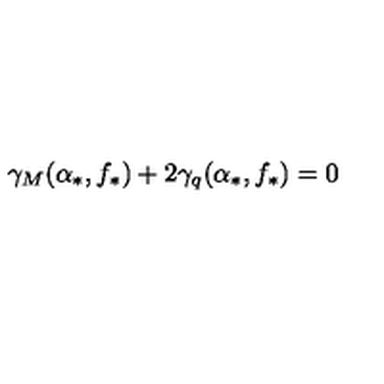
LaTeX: \gamma _ { M } ( \alpha _ { * } , f _ { * } ) + 2 \gamma _ { q } ( \alpha _ { * } , f _ { * } ) = 0